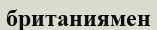
британиямен